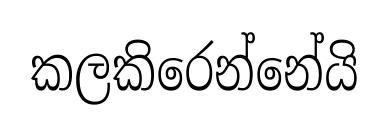
කලකිරෙන්නේයි